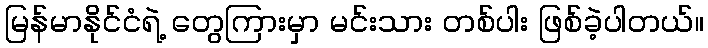
မြန်မာနိုင်ငံရဲ့ တွေကြားမှာ မင်းသား တစ်ပါး ဖြစ်ခဲ့ပါတယ်။